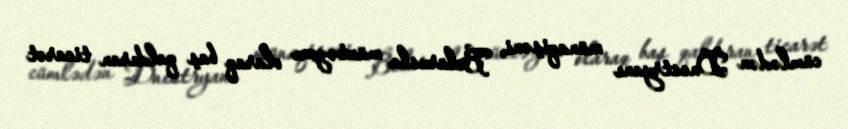
cümlədən Dnestryanı münaqişəni, Belarusla müntəzəm olaraq baş qaldıran ticarət